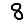
Digit: 8